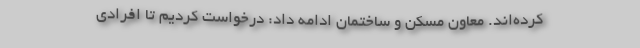
کرده‌اند. معاون مسکن و ساختمان ادامه داد: درخواست کردیم تا افرادی